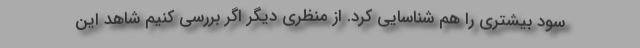
سود بیشتری را هم شناسایی کرد. از منظری دیگر اگر بررسی کنیم شاهد این